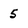
Character: 5